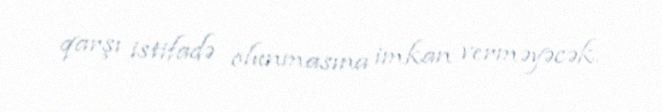
qarşı istifadə olunmasına imkan verməyəcək.